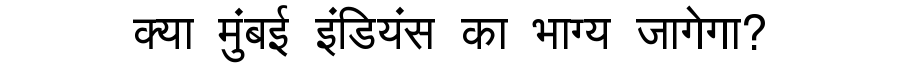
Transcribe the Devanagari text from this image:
क्या मुंबई इंडियंस का भाग्य जागेगा?